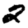
Digit: 2